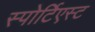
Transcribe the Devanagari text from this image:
स्पोर्टिएस्ट